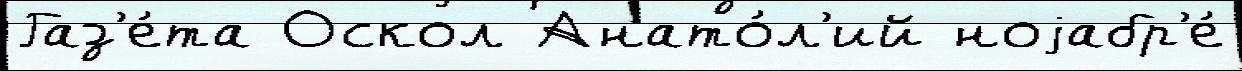
Газ'е́та Оскол Анато́л'ий ноjабр'е́